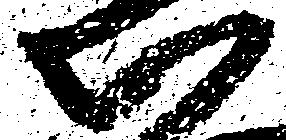
心